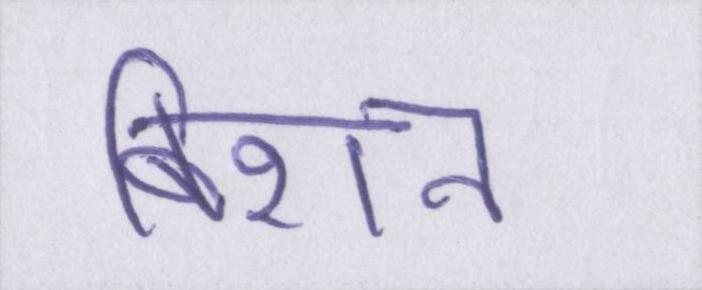
बिशन